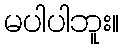
မပါပါဘူး။